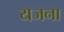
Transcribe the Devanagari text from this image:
यजना